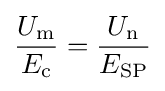
{\frac {U_{\textrm {m}}}{E_{\textrm {c}}}}={\frac {U_{\textrm {n}}}{E_{\textrm {SP}}}}